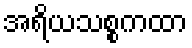
အရိယသစ္စကထာ